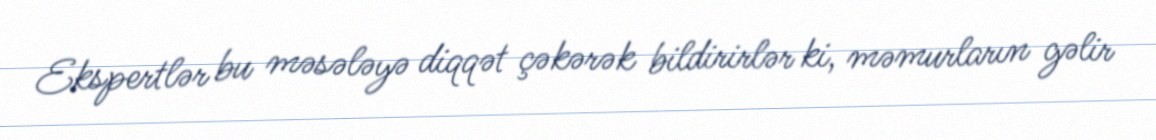
Ekspertlər bu məsələyə diqqət çəkərək bildirirlər ki, məmurların gəlir